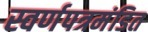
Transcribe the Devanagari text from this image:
स्वर्णपत्रमंडित